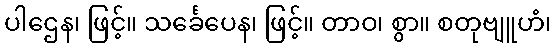
ပါဌေန၊ ဖြင့်။ သင်္ခေပေန၊ ဖြင့်။ တာဝ၊ စွာ။ စတုဗျူဟံ၊